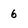
Character: 6